Annual administration report of the Civil Veterinary Department of India - 1894-1895
Year: 1894
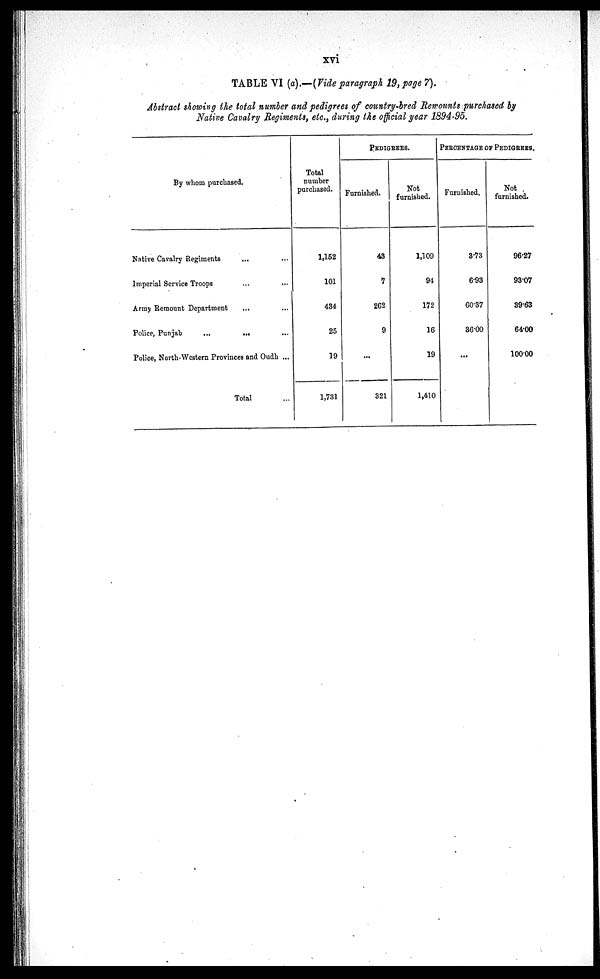
xvi
TABLE VI (a).—(Vide paragraph 19, page 7).
Abstract showing the total number and pedigrees of country-bred Remounts purchased by
Native Cavalry Regiments, etc., during the official year 1894-95.
By whom purchased.
Native Cavalry Regiments ... ...
Imperial Service Troops ... ...
Array Remount Department
...
...
Police, Punjab
...
...
...
Police, North-Western Provinces and Oudh ...
Total ...
Total
number
purchased.
1,152
101
434
25
19
1,731
PEDIGREES.
Furnished.
43
7
262
9
...
321
Not
furnished.
1,109
94
172
16
19
1,410
PERCENTAGE OF PEDIGREES.
Furnished.
3.73
6.93
60.37
36.00
...
Not
furnished.
96.27
93.07
89.63
64.00
100.00